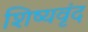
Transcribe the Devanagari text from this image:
शिष्यवृंद